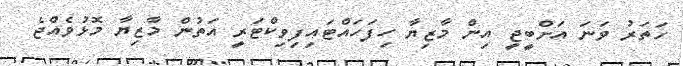
ހަތަރު ވަނަ އަށްބީޖީ އިން މާޒިޔާ ހިފަހައްޓައިފިވިކްޓަރީ އަތުން މާޒިޔާ މޮޅުވެއްޖެ